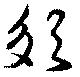
爼